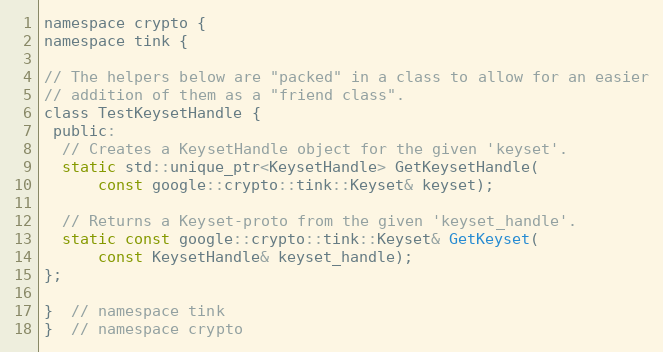
Language: C
namespace crypto {
namespace tink {

// The helpers below are "packed" in a class to allow for an easier
// addition of them as a "friend class".
class TestKeysetHandle {
 public:
  // Creates a KeysetHandle object for the given 'keyset'.
  static std::unique_ptr<KeysetHandle> GetKeysetHandle(
      const google::crypto::tink::Keyset& keyset);

  // Returns a Keyset-proto from the given 'keyset_handle'.
  static const google::crypto::tink::Keyset& GetKeyset(
      const KeysetHandle& keyset_handle);
};

}  // namespace tink
}  // namespace crypto